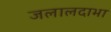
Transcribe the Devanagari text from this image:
जलालदाभा